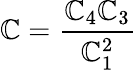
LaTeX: {\displaystyle{\mathbb{C}=\frac{{\mathbb{C}_{4}\mathbb{C}_{3}}}{{\mathbb{C}_{1}^{2}}}}}